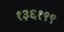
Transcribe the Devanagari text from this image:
१३६१९९